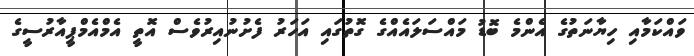
ވައްކަމާއި ހިޔާނަތުގެ އެންމެ ބޮޑު މައްސަލައެއްގެ ގޮތުގައި އަހަރު ފެށުނުއިރުވެސް އޮތީ އެމްއެމްޕީއާރުސީގެ